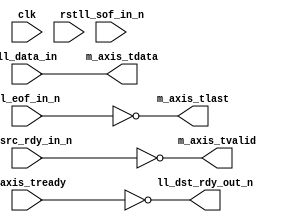
module ll_axis_bridge #
(
    parameter DATA_WIDTH = 8
)
(
    input  wire                   clk,
    input  wire                   rst,

    /*
     * LocalLink input
     */
    input  wire [DATA_WIDTH-1:0]  ll_data_in,
    input  wire                   ll_sof_in_n,
    input  wire                   ll_eof_in_n,
    input  wire                   ll_src_rdy_in_n,
    output wire                   ll_dst_rdy_out_n,

    /*
     * AXI output
     */
    output wire [DATA_WIDTH-1:0]  m_axis_tdata,
    output wire                   m_axis_tvalid,
    input  wire                   m_axis_tready,
    output wire                   m_axis_tlast
);

assign m_axis_tdata = ll_data_in;
assign m_axis_tvalid = !ll_src_rdy_in_n;
assign m_axis_tlast = !ll_eof_in_n;

assign ll_dst_rdy_out_n = !m_axis_tready;

endmodule